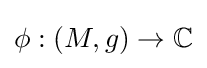
\phi :(M,g)\to \mathbb {C}